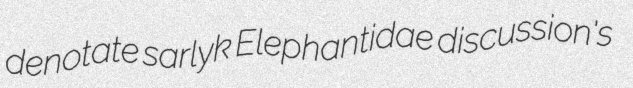
denotate sarlyk Elephantidae discussion's